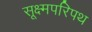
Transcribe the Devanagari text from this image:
सूक्ष्मपरिपथ